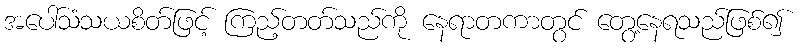
အပေါ်သံသယစိတ်ဖြင့် ကြည့်တတ်သည်ကို နေရာတကာတွင် တွေ့နေရသည်ဖြစ်၍